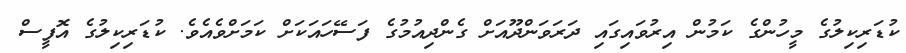
ކުޑަރިކިލުގެ މީހުންގެ ކަމުން އިރުވައިގައި ދަރަވަންދޫއަށް ގެންދިއުމުގެ ފަސޭހައަކަށް ކަމަށްވެއެވެ. ކުޑަރިކިލުގެ އޮފީސް